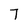
Character: 7